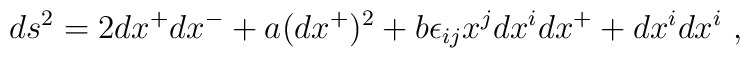
ds^2 = 2 dx^+ dx^- + a (dx^+)^2 + b \epsilon_{ij} x^j dx^i dx^+ +  dx^i dx^i~,